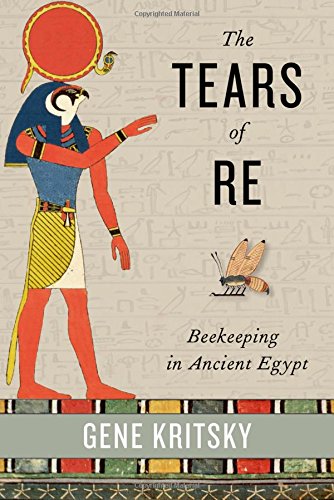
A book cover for The Tears of Re: Beekeeping in Ancient Egypt; Gene Kritsky; Science & Math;